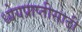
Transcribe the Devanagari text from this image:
ध्येयप्राप्तीसाठी